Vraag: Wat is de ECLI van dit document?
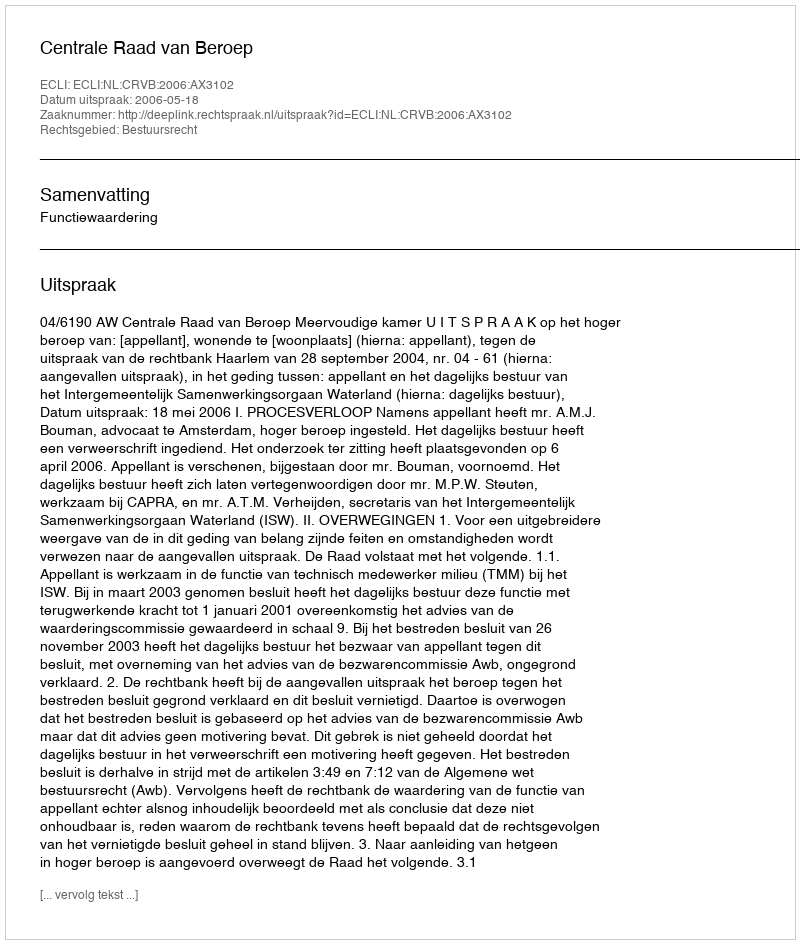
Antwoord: ECLI:NL:CRVB:2006:AX3102